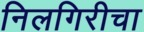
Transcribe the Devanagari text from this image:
निलगिरीचा